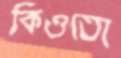
কিওতো